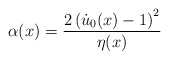
\begin{align*}\alpha(x)=\frac{2\left(\dot u_0(x)-1\right)\sp2}{\eta(x)}\end{align*}